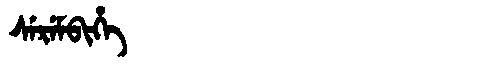
Manchu: ᠰᡝᡵᡝᠮᠪᡳᡥᡝ
Romanization: SEREMBIHE